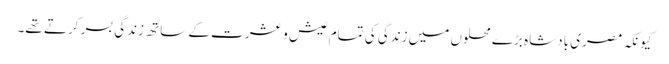
کیونکہ مصری بادشاہ بڑے محلوں میں زندگی کی تمام عیش و عشرت کے ساتھ زندگی بسر کرتے تھے۔